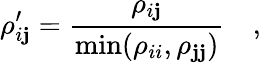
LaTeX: \rho_{i\mathbf{j}}^{\prime}=\frac{{\rho_{i\mathbf{j}}}}{{\operatorname*{min}(\rho_{ii},\rho_{\mathbf{j}\mathbf{j}})}}\quad,